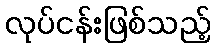
လုပ်ငန်းဖြစ်သည့်